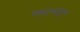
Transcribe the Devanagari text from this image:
रहाटयांतून